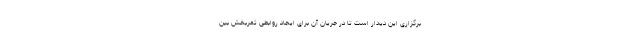
برگزاری این دیدار است تا در جریان آن برای ایجاد روابطی ثمربخش بین